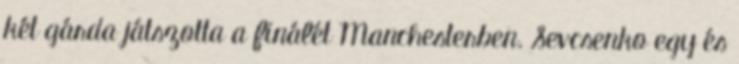
két gárda játszotta a finálét Manchesterben. Sevcsenko egy és